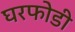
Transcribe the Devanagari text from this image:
घरफोडी